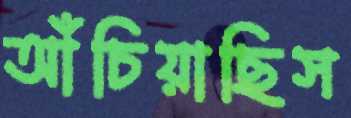
আঁচিয়াছিস